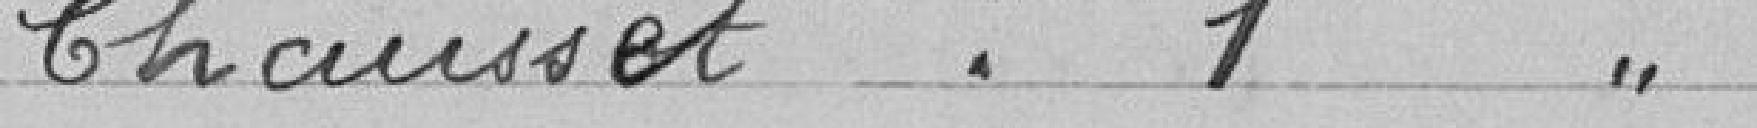
CHASET : 1 voix